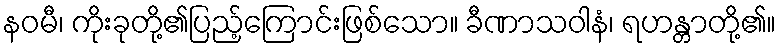
နဝမီ၊ ကိုးခုတို့၏ပြည့်ကြောင်းဖြစ်သော။ ခီဏာသဝါနံ၊ ရဟန္တာတို့၏။